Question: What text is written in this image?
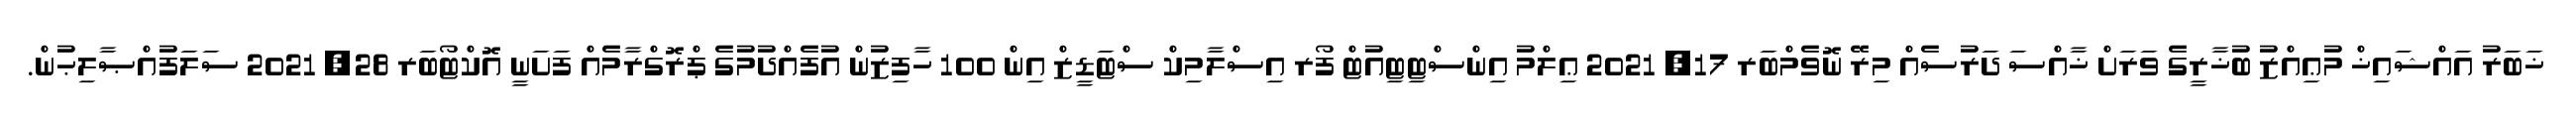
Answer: ޚަބަރު އައްޝައިޚް މުޢިއްޒު ބުޚާރީގެ ވަރަށް ޚާއްސަ ދަރުސެއް މިރޭ ނޮވެމްބަރ 17, 2021 ޢިލްމު އިންސްޓިޓިއުޓް ފޯރ އިސްލާމިކް ސްޓަޑީޒް އިން 100 ހާފިޒުން އުފެއްދުމުގެ ޕްރޮގްރާމެއް ފަށަނީ އޮކްޓޯބަރ 28, 2021 ސަލަފުއްޞާލިޙުން.